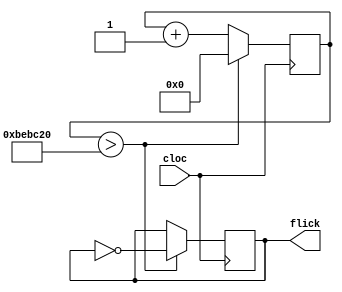
module fivesec (cloc,flick);
input cloc;
output reg flick;
reg [31:0] lol;
always@(posedge cloc)begin
lol <= lol + 1;
if (lol>12500000) begin flick<=~flick; lol<=0; end
end
endmodule